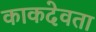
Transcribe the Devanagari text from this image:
काकदेवता